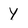
Character: Y